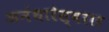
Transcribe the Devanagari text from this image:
अनंथारेस्वरार